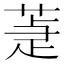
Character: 𦵉